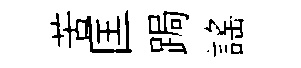
苦匡跼謡